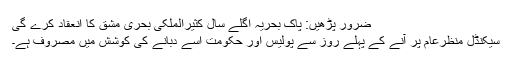
ضرور پڑھیں: پاک بحریہ اگلے سال کثیرالملکی بحری مشق کا انعقاد کرے گی
سیکنڈل منظرعام پر آنے کے پہلے روز سے پولیس اور حکومت اسے دبانے کی کوشش میں مصروف ہے۔